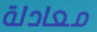
معادلة